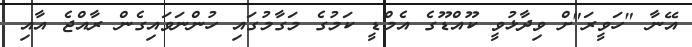
އޭނާ "ހަވީރަ"ށް ވިދާޅުވީ ކޫއްޑޫގެ އެމްޑީ ކަމުގެ މަގާމުގައި ހުންނަވައިގެން ރާއްޖެ އާއި